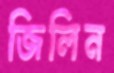
জিলিন